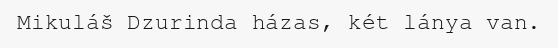
Mikuláš Dzurinda házas, két lánya van.